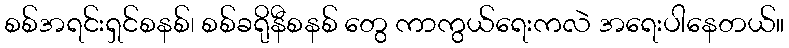
စစ်အရင်းရှင်စနစ်၊ စစ်ခရိုနီစနစ် တွေ ကာကွယ်ရေးကလဲ အရေးပါနေတယ်။